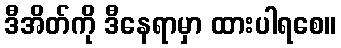
ဒီအိတ်ကို ဒီနေရာမှာ ထားပါရစေ။